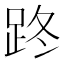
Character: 𨀐